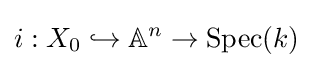
i:X_{0}\hookrightarrow \mathbb {A} ^{n}\to {\text{Spec}}(k)